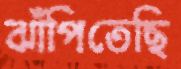
ঝাঁপিতেছি